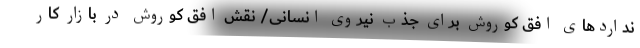
نداردهای افق کوروش برای جذب نیروی انسانی/ نقش افق کوروش در بازار کار